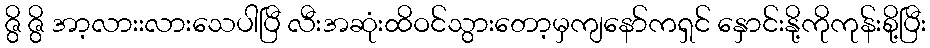
ဇွိ ဇွိ အာ့လားးလားသေပါပြီ လီးအဆုံးထိဝင်သွားတော့မှကျနော်ကရှင် နှောင်းနို့ကိုကုန်းစို့ပြီး